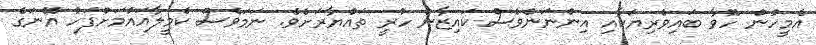
އެމީހުން ހޮވާ ބައިވެރިޔަކާއި އިންނަންވެސް ކައިޒާން ހުރީ ތައްޔާރަށެވެ. ނަމަވެސް ކެމީލާއައުމަށްފަހު އޭނަގެ